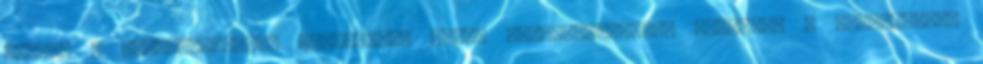
kezdte a legérzékenyebb részeimet. Mikor felszisszentem, lazított a szorításon,